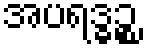
အပရဒ္ဓဉ္စ